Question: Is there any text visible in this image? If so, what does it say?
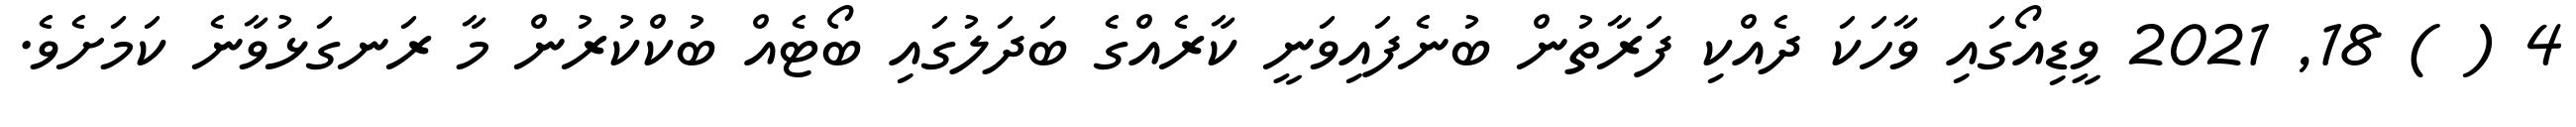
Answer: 4 ( ) 18, 2021 ވީޑިއޯގައި ވާހަކަ ދެއްކި ފަރާތުން ބުނެފައިވަނީ ކާރެއްގެ ބަދަލުގައި ބޯޓެއް ބުކްކުރުން މާ ރަނގަޅުވާނެ ކަމަށެވެ.